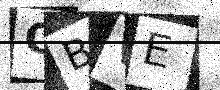
Text: CBVE